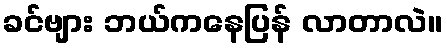
ခင်ဗျား ဘယ်ကနေပြန် လာတာလဲ။